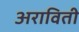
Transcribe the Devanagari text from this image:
अराविती